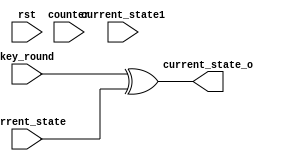

module add_round(
input [63:0] key_round,
input rst,
input [63:0] current_state,
input [63:0] current_state1,
output reg [63:0]current_state_o,
input [4:0] counter

    );
    
  //assign   current_state_o = key_round ^ current_state;

   always@ (*) begin 
//       if (rst) begin
//        current_state_o = 64'b0;  
//        end 
//       else begin //if //(counter == 0) begin
        current_state_o = key_round ^ current_state;
       //end 
//       else begin
//         current_state_o = key_round ^ current_state1;
//       end 
   
   end
endmodule